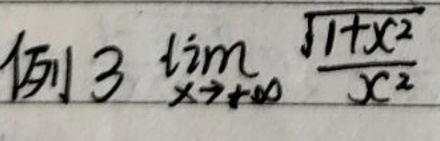
例3 $\lim_{x \to +\infty} \frac{\sqrt{1 + x^{2}}}{x^{2}}$